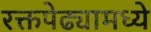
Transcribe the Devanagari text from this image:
रक्तपेढ्यामध्ये